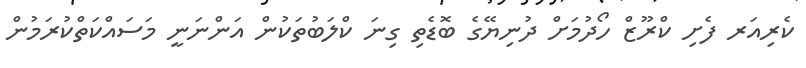
ކެރިއަރ ފެށި ކްރޫޒް ހޯދުމަށް ދުނިޔޭގެ ބޮޑެތި ގިނަ ކްލަބުތަކުން އަންނަނީ މަސައްކަތްކުރަމުން